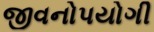
જીવનોપયોગી